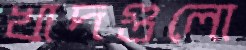
খাদগুলো